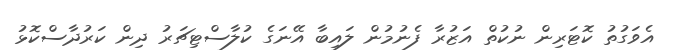
އެވަގުތު ކޮޓަރިން ނުކުތް އަޒުރާ ފެނުމުން ލައިބާ އޭނަގެ ކުލާސްޓިޗަރު ދިން ކަރުދާސްކޮޅު